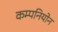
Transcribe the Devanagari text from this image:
कम्पनियोन